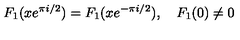
F _ { 1 } ( x e ^ { \pi i / 2 } ) = F _ { 1 } ( x e ^ { - \pi i / 2 } ) , \quad F _ { 1 } ( 0 ) \ne 0